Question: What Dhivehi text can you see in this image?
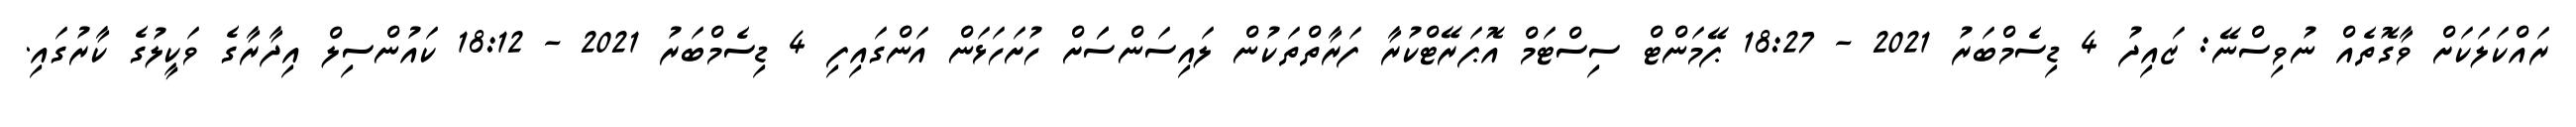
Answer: ރައްކަލަކަށް ވާގޮތެއް ނުވިސްނޭ: ޒައިދު 4 ޑިސެމްބަރު 2021 - 18:27 ޕޭމަންޓް ސިސްޓަމް އޮޕަރޭޓްކުރާ ފަރާތްތަކުން ލައިސަންސަަށް ހުށަހަޅަން އަންގައިފި 4 ޑިސެމްބަރު 2021 - 18:12 ކައުންސިލް އިދާރާގެ ވަކީލުގެ ކާރުގައި.